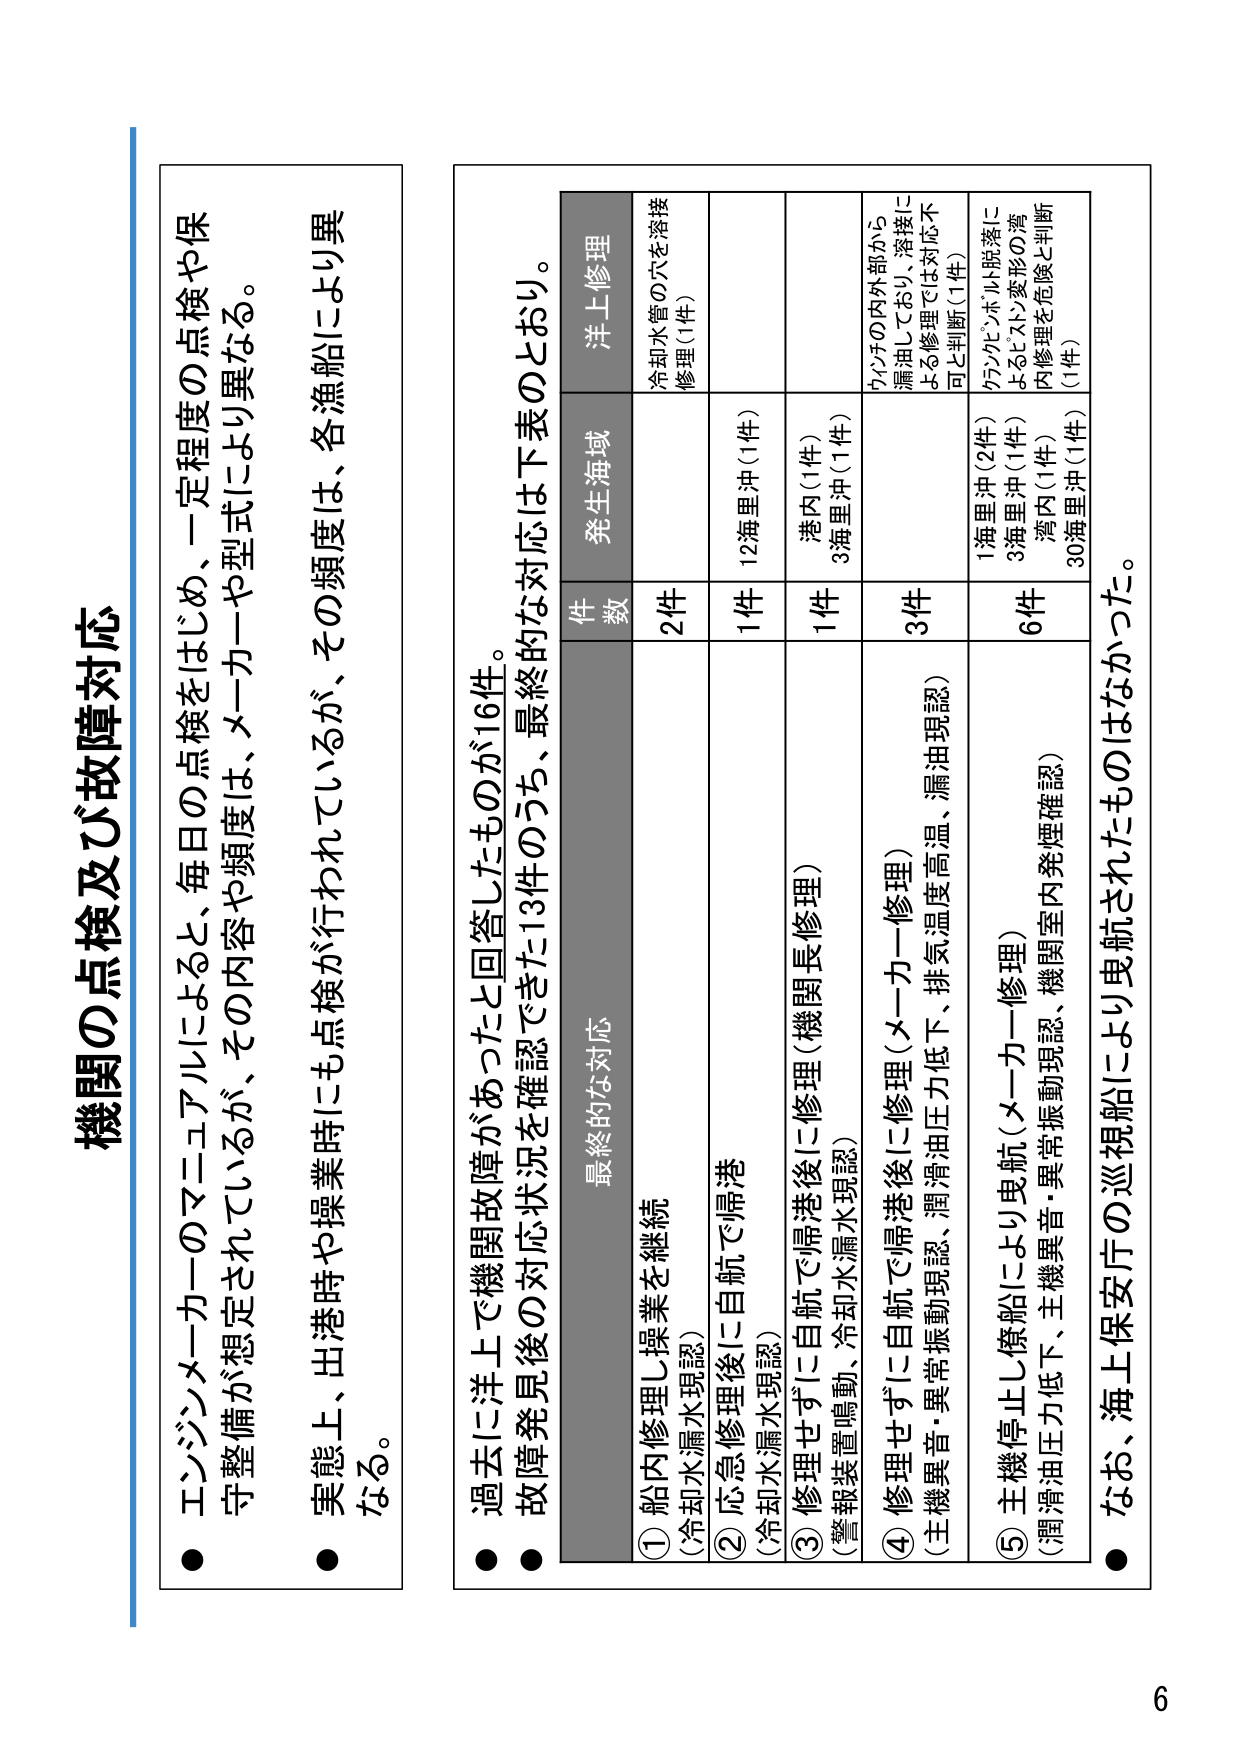
機関の点検及び故障対応

● エンジンメーカーのマニュアルによると、毎日の点検をはじめ、一定程度の点検や保守整備が想定されているが、その内容や頻度は、メーカーや型式により異なる。

● 実態上、出港時や操業時にも点検が行われているが、その頻度は、各漁船により異なる。

● 過去に洋上で機関故障があったと回答したものが16件。

● 故障発見後の対応状況を確認できた13件のうち、最終的な対応は下表のとおり。

最終的な対応
件数 発生海域 洋上修理
① 船内修理し操業を継続
（冷却水漏水現認） 2件 冷却水管の穴を溶接修理（1件）
② 応急修理後に自航で帰港
（冷却水漏水現認） 1件 12海里沖（1件）
③ 修理せずに自航で帰港後に修理（機関長修理）
（警報装置鳴動、冷却水漏水現認） 1件 港内（1件）
3海里沖（1件）
④ 修理せずに自航で帰港後に修理（メーカー修理）
（主機異音・異常振動現認、潤滑油圧力低下、排気温度高温、漏油現認） 3件 ウイチの内外部から漏洩しており、溶接による修理では対応不可と判断（1件）
⑤ 主機停止し僚船により曳航（メーカー修理）
（潤滑油圧力低下、主機異音・異常振動現認、機関室内発煙確認） 6件 1海里沖（2件）
3海里沖（1件）
湾内（1件）
30海里沖（1件）
（ウシケンボル脱落によるピストン変形の湾内修理を危険と判断（1件））

● なお、海上保安庁の巡視船により曳航されたものはなかった。

6